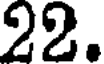
22.